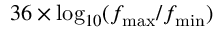
3 6 \times \mathrm { l o g } _ { 1 0 } ( f _ { \mathrm { m a x } } / f _ { \mathrm { m i n } } )